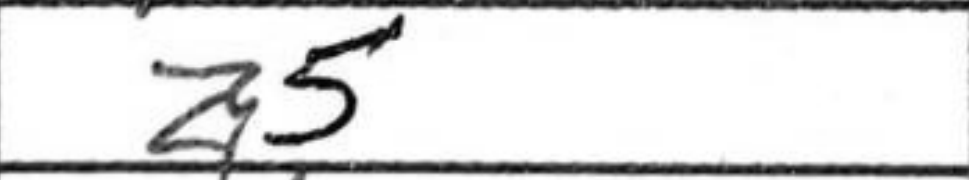
Transcription: a5